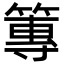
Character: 篿